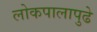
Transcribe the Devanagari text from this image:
लोकपालापुढे